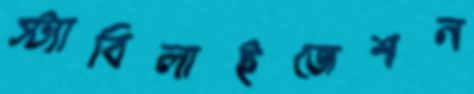
স্ট্যাবিলাইজেশন